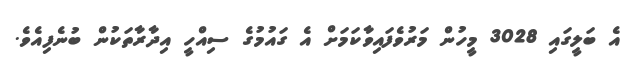
އެ ބަލީގައި 3028 މީހުން މަރުވެފައިވާކަމަށް އެ ގައުމުގެ ސިއްހީ އިދާރާތަކުން ބުނެފިއެވެ.